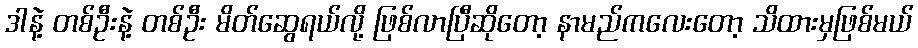
ဒါနဲ့ တစ်ဦးနဲ့ တစ်ဦး မိတ်ဆွေရယ်လို့ ဖြစ်လာပြီဆိုတော့ နာမည်ကလေးတော့ သိထားမှဖြစ်မယ်